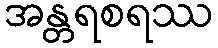
အန္တရစရဿ